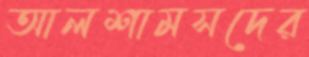
আলশামসদের